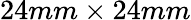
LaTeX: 24mm\times 24mm